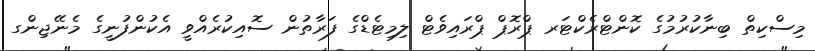
މިސްކިތް ބިނާކުރުމުގެ ކޮންޓްރެކްޓަރ ޕްރޮޕް ޕްރައިވެޓް ލިމިޓެޑްގެ ފަރާތުން ސޮއިކުރެއްވީ އެކުންފުނީގެ މެނޭޖިންގ